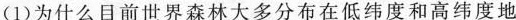
(1)为什么日前世界森林大多分布在低纬度和高纬度地